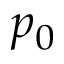
p _ { 0 }